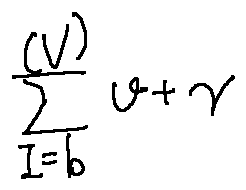
\sum \limits _ { I = b } ^ { ( V ) } v + \gamma